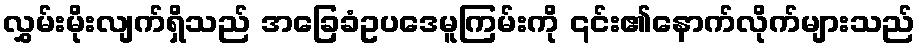
လွှမ်းမိုးလျက်ရှိသည် အခြေခံဥပဒေမူကြမ်းကို ၎င်း၏နောက်လိုက်များသည်